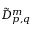
\tilde { D } _ { p , q } ^ { m }